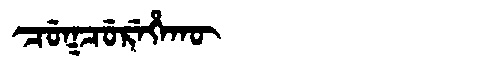
Manchu: ᠴᡠᡴᠴᡠᡵᡝᡥᠠᡴᡡ
Romanization: CUKCUREHAKŪ